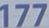
177